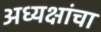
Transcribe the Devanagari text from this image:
अध्यक्षांचा